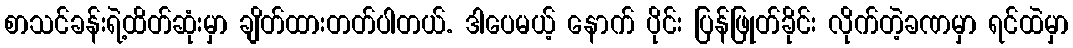
စာသင်ခန်းရဲ့ထိတ်ဆုံးမှာ ချိတ်ထားတတ်ပါတယ်. ဒါပေမယ့် နောက် ပိုင်း ပြန်ဖြုတ်ခိုင်း လိုက်တဲ့ခဏမှာ ရင်ထဲမှာ